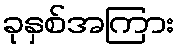
ခုနှစ်အကြား